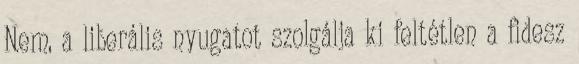
Nem, a liberális nyugatot szolgálja ki feltétlen a fidesz